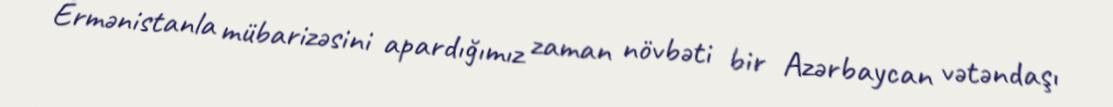
Ermənistanla mübarizəsini apardığımız zaman növbəti bir Azərbaycan vətəndaşı